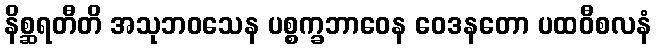
နိစ္ဆရတီတိ အသုဘဝသေန ပစ္စက္ခဘာဝေန ဝေဒနတော ပထဝီစလနံ